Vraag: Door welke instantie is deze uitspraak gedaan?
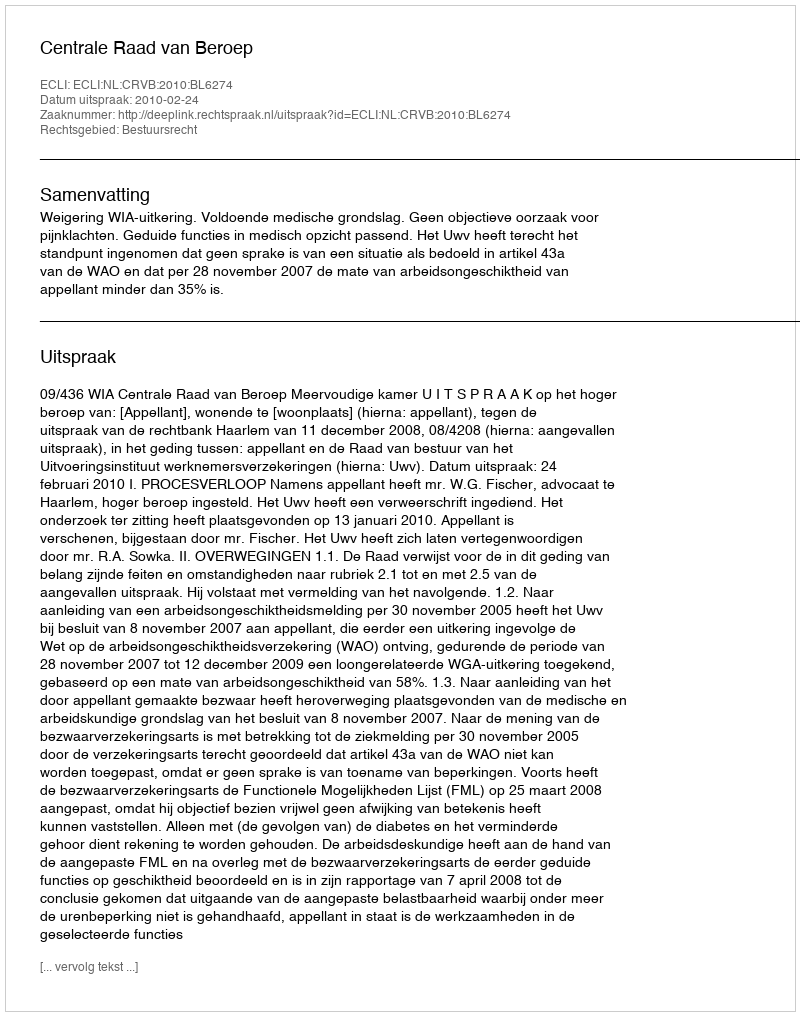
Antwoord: Centrale Raad van Beroep